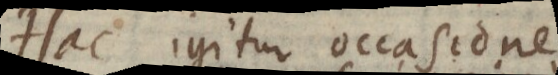
Hac igitur occasione